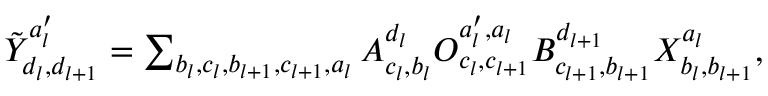
\begin{array} { r } { \tilde { Y } _ { d _ { l } , d _ { l + 1 } } ^ { a _ { l } ^ { \prime } } = \sum _ { b _ { l } , c _ { l } , b _ { l + 1 } , c _ { l + 1 } , a _ { l } } A _ { c _ { l } , b _ { l } } ^ { d _ { l } } O _ { c _ { l } , c _ { l + 1 } } ^ { a _ { l } ^ { \prime } , a _ { l } } B _ { c _ { l + 1 } , b _ { l + 1 } } ^ { d _ { l + 1 } } X _ { b _ { l } , b _ { l + 1 } } ^ { a _ { l } } , } \end{array}